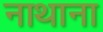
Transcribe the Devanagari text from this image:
नाथाना